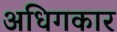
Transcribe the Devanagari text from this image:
अधिगकार